Annual report on the working of the mental hospitals in the Madras Presidency - 1912-1932
Year: 1912
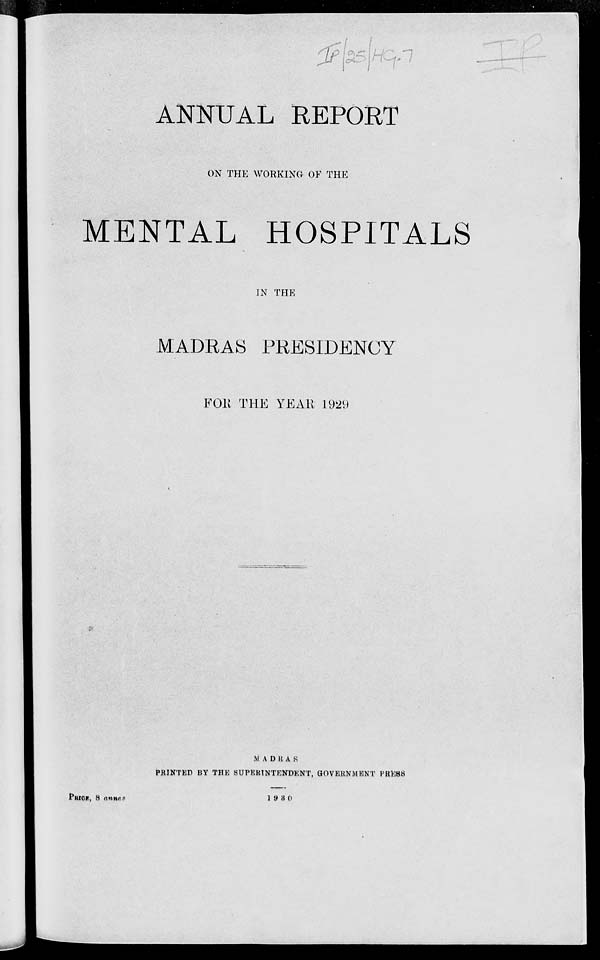
ANNUAL REPORT
ON THE WORKING OF THE
MENTAL HOSPITALS
IN THE
MADRAS PRESIDENCY
FOR THE YEAR 1929
MADRAS
PRINTED BY THE SUPERINTENDENT, GOVERNMENT PRESS
PRICE, 8
annas
1930